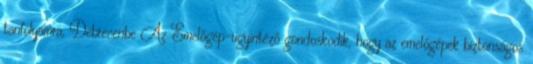
tanfolyamra, Debrecenbe Az Emelőgép-ügyintéző gondoskodik, hogy az emelőgépek biztonságos